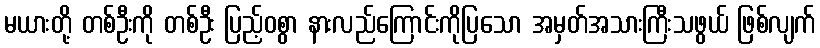
မယားတို့ တစ်ဦးကို တစ်ဦး ပြည့်ဝစွာ နားလည်ကြောင်းကိုပြသော အမှတ်အသားကြီးသဖွယ် ဖြစ်လျက်